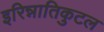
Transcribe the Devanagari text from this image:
इरिन्नातिकुटल